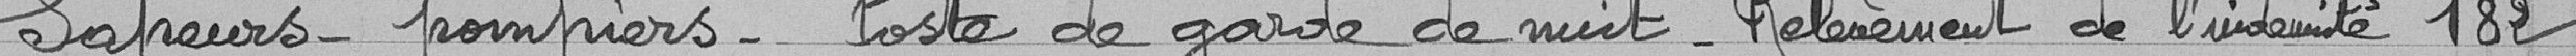
Sapeurs-pompiers Poste de garde de nuit - Relèvement de l'indemnité 182